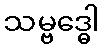
သမ္ဗဒ္ဓေါ